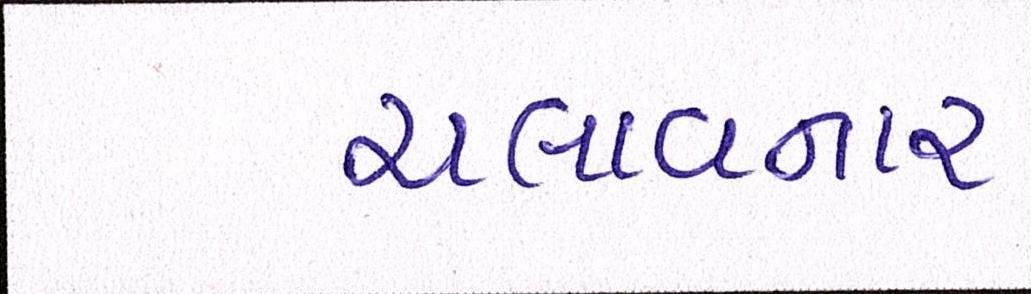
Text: ચલાવનાર